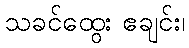
သခင်ထွေး ဧချင်း၊